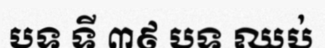
បទ ទី ៣៩ បទ ឈប់